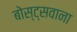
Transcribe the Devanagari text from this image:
बोस्ट्सवाना